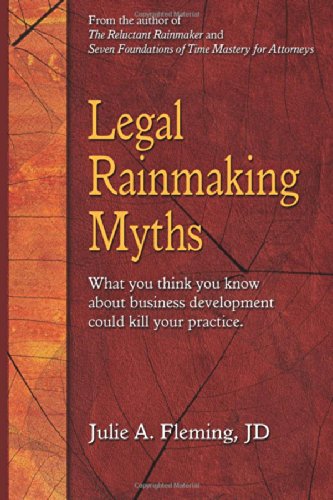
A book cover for Legal Rainmaking Myths: What You Think You Know About Business Development Can Kill Your Practice; Julie A Fleming JD; Law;